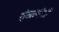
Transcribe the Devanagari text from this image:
शृंखलांशी